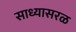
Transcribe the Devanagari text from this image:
साध्यासरळ